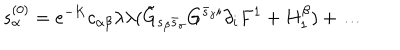
s _ { \alpha } ^ { ( 0 ) } = e ^ { - K } c _ { \alpha \beta } \lambda \lambda ( \tilde { G } _ { s _ { \beta } \bar { s } _ { \gamma } } G ^ { \bar { s } _ { \gamma } i } \partial _ { i } F ^ { 1 } + H _ { 1 } ^ { \beta } ) + \dots